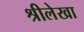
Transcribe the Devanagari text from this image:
श्रीलेखा